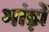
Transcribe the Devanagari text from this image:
भांड़ों